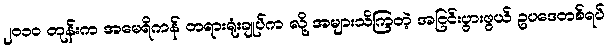
၂၀၁၀ တုန်းက အမေရိကန် တရားရုံးချုပ်က လို့ အများသိကြတဲ့ အငြင်းပွားဖွယ် ဥပဒေတစ်ရပ်